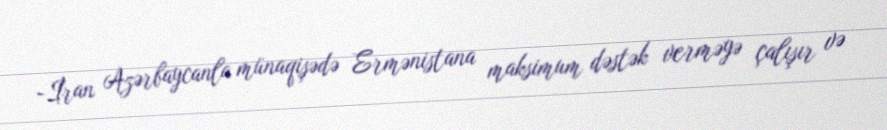
-İran Azərbaycanla münaqişədə Ermənistana maksimum dəstək verməyə çalışır və